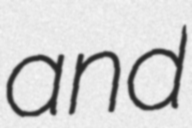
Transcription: and